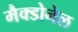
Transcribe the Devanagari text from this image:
मैक्डोनेल